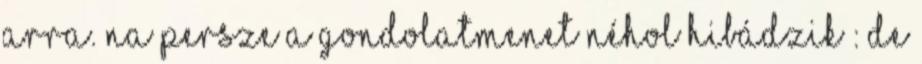
arra. Na persze a gondolatmenet néhol hibádzik : De